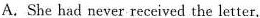
A.She had never received the letter.